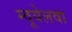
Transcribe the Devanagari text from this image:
म्वूयेलवा